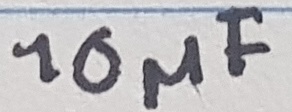
Text: 10µF